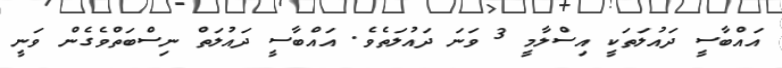
އައްބާސީ ދައުލަތަކީ އިސްލާމީ 3 ވަނަ ދައުލަތެވެ. އައްބާސީ ދައުލަތް ނިސްބަތްވެގެން ވަނީ